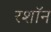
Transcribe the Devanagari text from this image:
रशॉन